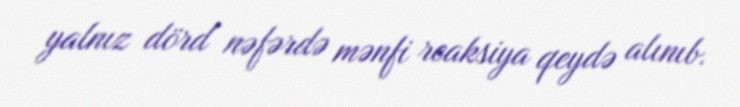
yalnız dörd nəfərdə mənfi reaksiya qeydə alınıb.